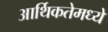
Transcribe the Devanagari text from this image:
आर्थिकतेमध्ये